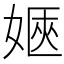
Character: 𡞡